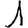
Digit: 1